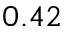
0 . 4 2